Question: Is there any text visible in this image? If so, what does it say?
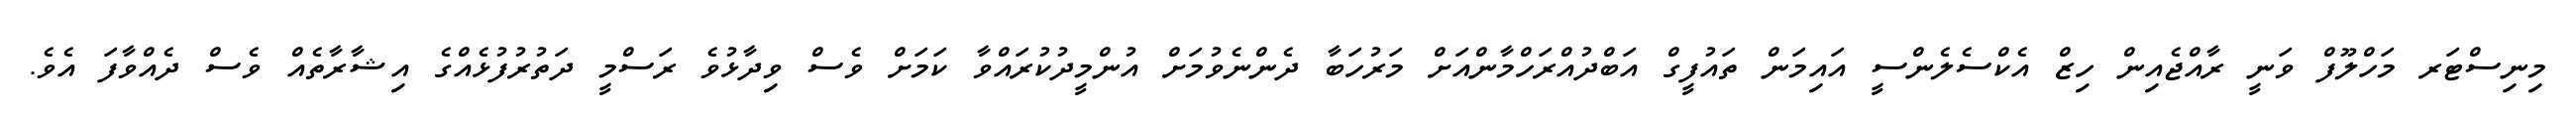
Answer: މިނިސްޓަރ މަހްލޫފް ވަނީ ރާއްޖެއިން ހިޒް އެކްސެލެންސީ އައިމަން ތައުފީގް އަބްދުއްރަހްމާންއަށް މަރުހަބާ ދެންނެވުމަށް އުންމީދުކުރައްވާ ކަމަށް ވެސް ވިދާޅުވެ ރަސްމީ ދަތުރުފުޅެއްގެ އިޝާރާތެއް ވެސް ދެއްވާފަ އެވެ.